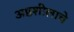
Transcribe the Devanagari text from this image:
अष्ठशीलाचे